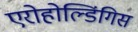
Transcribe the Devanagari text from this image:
एरोहोल्डिंगिस